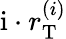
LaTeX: \mathrm{i}\cdot r_{\mathrm{T}}^{\left(i\right)}